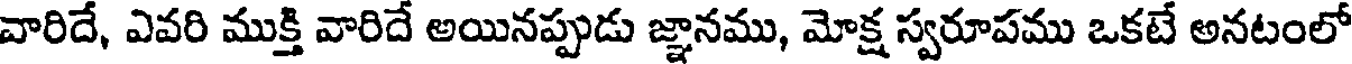
వారిదే, ఎవరి ముక్తి వారిదే అయినప్పుడు జ్ఞానము, మోక్ష స్వరూపము ఒకటే అనటంలో